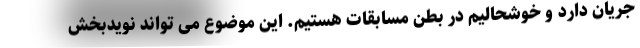
جریان دارد و خوشحالیم در بطن مسابقات هستیم. این موضوع می تواند نویدبخش